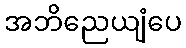
အဘိညေယျံပေ